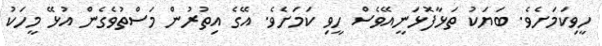
ހީވިކަމަށެވެ. ބަޔަކު ތަޅާފޮޅަނީއޭވެސް ހީވި ކަމަށެވެ. އޭގެ އިތުރުން މަސްތުވެގެން އުޅޭ މީހަކު